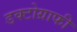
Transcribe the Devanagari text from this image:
डक्टोग्राफी